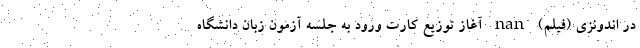
در اندونزی (فیلم) nan آغاز توزیع کارت ورود به جلسه آزمون زبان دانشگاه